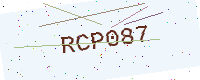
Text: RCP087